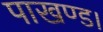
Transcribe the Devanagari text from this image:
पाखण्ड।